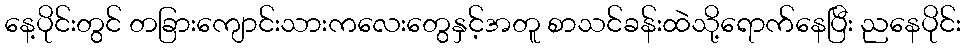
နေ့ပိုင်းတွင် တခြားကျောင်းသားကလေးတွေနှင့်အတူ စာသင်ခန်းထဲသို့ရောက်နေပြီး ညနေပိုင်း